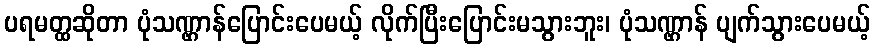
ပရမတ္ထဆိုတာ ပုံသဏ္ဌာန်ပြောင်းပေမယ့် လိုက်ပြီးပြောင်းမသွားဘူး၊ ပုံသဏ္ဌာန် ပျက်သွားပေမယ့်